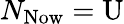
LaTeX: N_{\mathrm{Now}}=\mathrm{U}